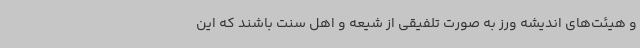
و هیئت‌های اندیشه ورز به صورت تلفیقی از شیعه و اهل سنت باشند که این